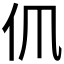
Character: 𠆰